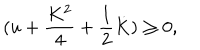
LaTeX: ( u + { \frac { K ^ { 2 } } { 4 } } + { \frac { 1 } { 2 } } \dot { K } ) \geq 0 ,